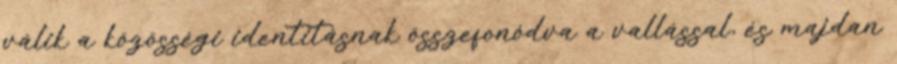
válik a közösségi identitásnak összefonódva a vallással, és majdan